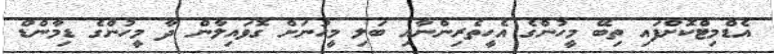
އެޑްމިޓްކޮށްފައި ތިބޭ މީހުންގެ އެހީތެރިންނާއި ބަލި މީހުނަށް ގޮވައިލާން ދާ މީހުންގެ ޑިމާންޑް